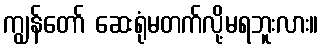
ကျွန်တော် ဆေးရုံမတက်လို့မရဘူးလား။